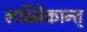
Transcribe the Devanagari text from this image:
लक्ष्मिकान्त्